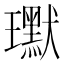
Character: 𭺍